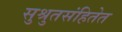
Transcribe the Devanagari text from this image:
सुश्रुतसंहितेत